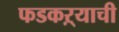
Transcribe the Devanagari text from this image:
फडकऱ्याची